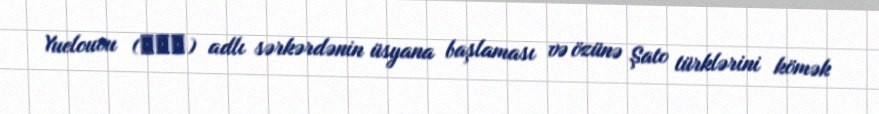
Yuelouvu (掘羅勿) adlı sərkərdənin üsyana başlaması və özünə Şato türklərini kömək